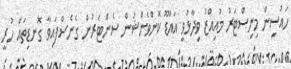
ހައުސިން މިނިސްޓަރު މުއިއްޒު ވިދާޅުވީ އައްޑޫ ކޮންވެންޝަން ސެންޓަރުން ގެނެސްފައިވާ ގޮނޑިތައް ހުރީ